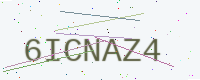
Text: 6ICNAZ4